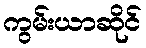
ကွမ်းယာဆိုင်